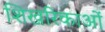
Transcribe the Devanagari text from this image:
शिखरिकाओं